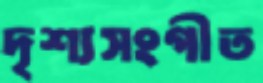
দৃশ্যসংগীত